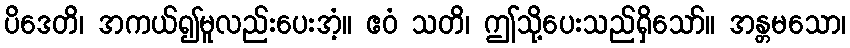
ပိဒေတိ၊ အကယ်၍မူလည်းပေးအံ့။ ဧဝံ သတိ၊ ဤသို့ပေးသည်ရှိသော်။ အန္တမသော၊